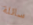
سائلة